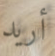
أريد